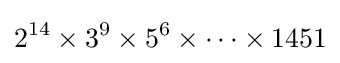
2^{14}\times 3^{9}\times 5^{6}\times \cdots \times 1451